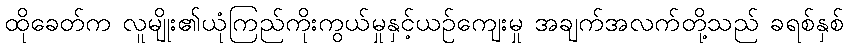
ထိုခေတ်က လူမျိုး၏ယုံကြည်ကိုးကွယ်မှုနှင့်ယဉ်ကျေးမှု အချက်အလက်တို့သည် ခရစ်နှစ်